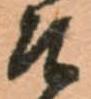
そ